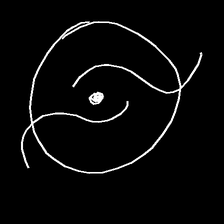
Glyph: repetition